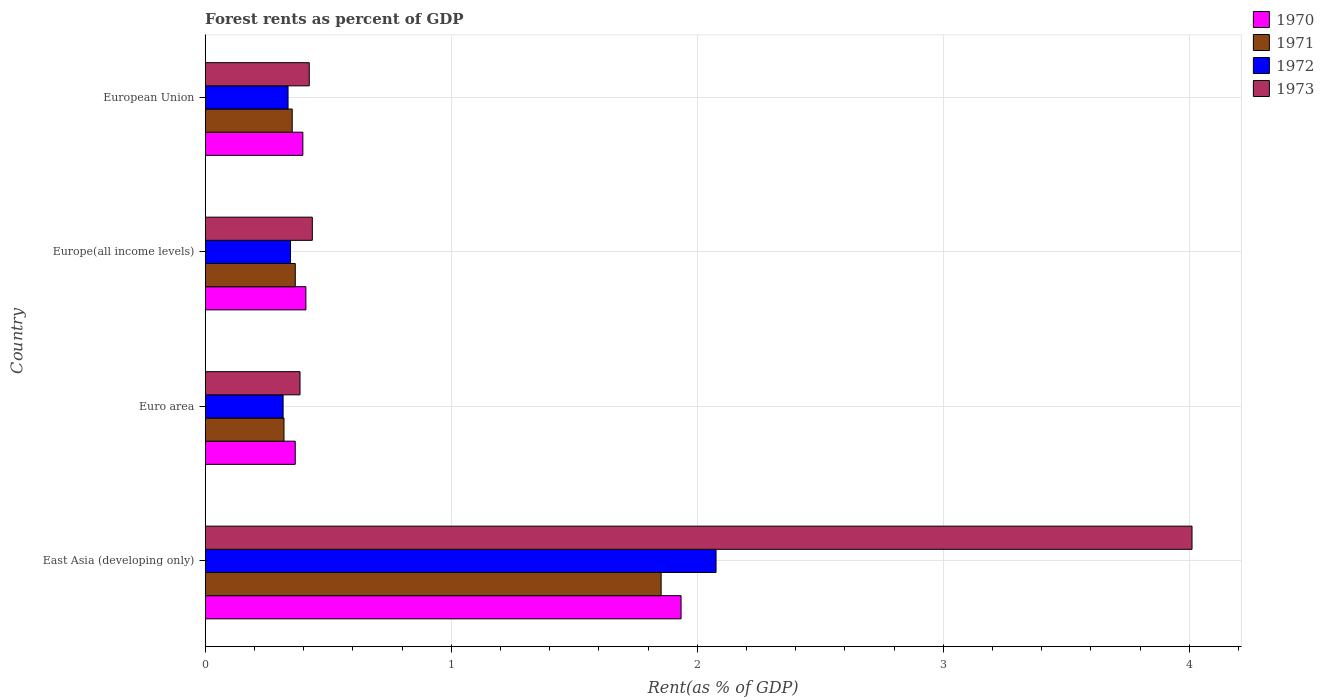
| Country | 1970 | 1971 | 1972 | 1973 |
 | --- | --- | --- | --- | --- |
 | East Asia (developing only) | 1.93 | 1.85 | 2.08 | 4.01 |
 | Euro area | 0.366 | 0.32 | 0.317 | 0.385 |
 | Europe(all income levels) | 0.409 | 0.366 | 0.347 | 0.435 |
 | European Union | 0.397 | 0.354 | 0.337 | 0.423 |